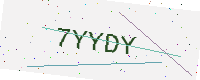
Text: 7YYDY